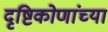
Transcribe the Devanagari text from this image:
दृष्टिकोणांच्या